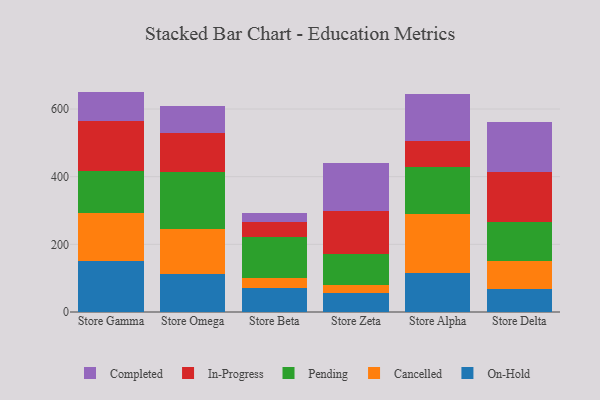
{"axis": {"x": "Store", "y": "Active Users"}, "legend": ["Cancelled", "Completed", "In-Progress", "On-Hold", "Pending"], "data": [{"x": "Store Gamma", "y": 151.9, "type": "On-Hold"}, {"x": "Store Gamma", "y": 140.6, "type": "Cancelled"}, {"x": "Store Gamma", "y": 124.4, "type": "Pending"}, {"x": "Store Gamma", "y": 147.3, "type": "In-Progress"}, {"x": "Store Gamma", "y": 87.3, "type": "Completed"}, {"x": "Store Omega", "y": 112.2, "type": "On-Hold"}, {"x": "Store Omega", "y": 133.3, "type": "Cancelled"}, {"x": "Store Omega", "y": 167.0, "type": "Pending"}, {"x": "Store Omega", "y": 115.6, "type": "In-Progress"}, {"x": "Store Omega", "y": 81.6, "type": "Completed"}, {"x": "Store Beta", "y": 69.6, "type": "On-Hold"}, {"x": "Store Beta", "y": 30.8, "type": "Cancelled"}, {"x": "Store Beta", "y": 120.4, "type": "Pending"}, {"x": "Store Beta", "y": 46.4, "type": "In-Progress"}, {"x": "Store Beta", "y": 25.8, "type": "Completed"}, {"x": "Store Zeta", "y": 56.1, "type": "On-Hold"}, {"x": "Store Zeta", "y": 24.3, "type": "Cancelled"}, {"x": "Store Zeta", "y": 92.0, "type": "Pending"}, {"x": "Store Zeta", "y": 126.1, "type": "In-Progress"}, {"x": "Store Zeta", "y": 141.7, "type": "Completed"}, {"x": "Store Alpha", "y": 116.4, "type": "On-Hold"}, {"x": "Store Alpha", "y": 172.0, "type": "Cancelled"}, {"x": "Store Alpha", "y": 139.6, "type": "Pending"}, {"x": "Store Alpha", "y": 76.9, "type": "In-Progress"}, {"x": "Store Alpha", "y": 139.8, "type": "Completed"}, {"x": "Store Delta", "y": 69.3, "type": "On-Hold"}, {"x": "Store Delta", "y": 82.7, "type": "Cancelled"}, {"x": "Store Delta", "y": 115.0, "type": "Pending"}, {"x": "Store Delta", "y": 148.0, "type": "In-Progress"}, {"x": "Store Delta", "y": 148.0, "type": "Completed"}]}